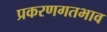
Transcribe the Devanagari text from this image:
प्रकरणगतभाव